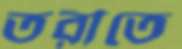
তরীতে